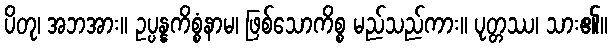
ပိတု၊ အဘအား။ ဥပ္ပန္နကိစ္စံနာမ၊ ဖြစ်သောကိစ္စ မည်သည်ကား။ ပုတ္တဿ၊ သား၏။